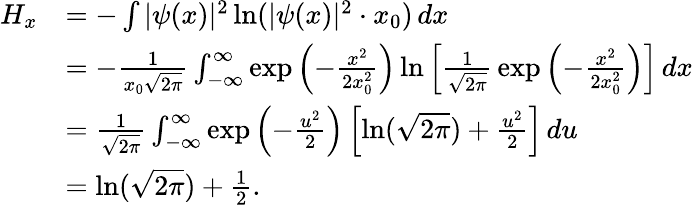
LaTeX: {\begin{array}{rl}{H_{x}}&{=-\int|\psi(x)|^{2}\ln(|\psi(x)|^{2}\cdot x_{0})\, dx}\\ &{=-{\frac{1}{x_{0}{\sqrt{2\pi}}}}\int_{-\infty}^{\infty}\exp{\left(-{\frac{x^{2}}{2x_{0}^{2}}}\right)}\ln\left[{\frac{1}{\sqrt{2\pi}}}\exp{\left(-{\frac{x^{2}}{2x_{0}^{2}}}\right)}\right]\, dx}\\ &{={\frac{1}{\sqrt{2\pi}}}\int_{-\infty}^{\infty}\exp{\left(-{\frac{u^{2}}{2}}\right)}\left[\ln({\sqrt{2\pi}})+{\frac{u^{2}}{2}}\right]\, du}\\ &{=\ln({\sqrt{2\pi}})+{\frac{1}{2}}.}\end{array}}